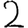
Digit: 2